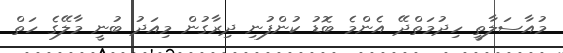
މުއާސަލާތީ ހިދުމަތްދޭ އެންމެ ބޮޑު ކުންފުނި ދިރާގުން މިއަދު ބުނީ މާލޭގެ ހަތް